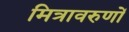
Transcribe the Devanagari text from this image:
मित्रावरुणों